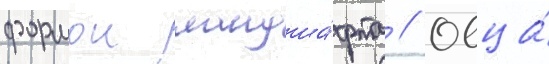
формои ландша́фта // Овца́